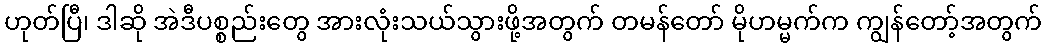
ဟုတ်ပြီ၊ ဒါဆို အဲဒီပစ္စည်းတွေ အားလုံးသယ်သွားဖို့အတွက် တမန်တော် မိုဟမ္မက်က ကျွန်တော့်အတွက်